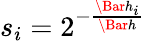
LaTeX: s_{i}=2^{-\frac{\Bar{h}_{i}}{\Bar{h}}}